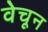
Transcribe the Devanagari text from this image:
वेचून